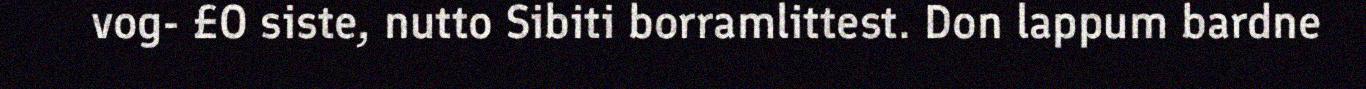
vog- £O siste, nutto Sibiti borramlittest. Don lappum bardne